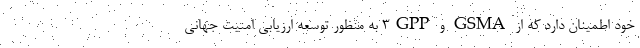
خود اطمینان دارد که از GSMA و 3GPP به منظور توسعه ارزیابی امنیت جهانی